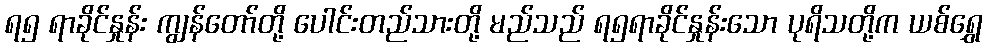
ရ၅ ရာခိုင်နှုန်း ကျွန်တော်တို့ ပေါင်းတည်သားတို့ မည်သည် ရ၅ရာခိုင်နှုန်းသော ပုရိသတို့က ယစ်ရွှေ